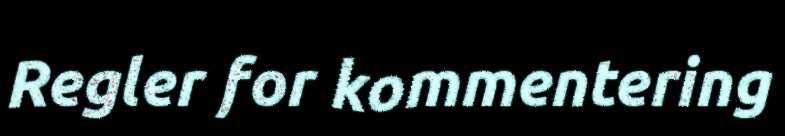
Regler for kommentering